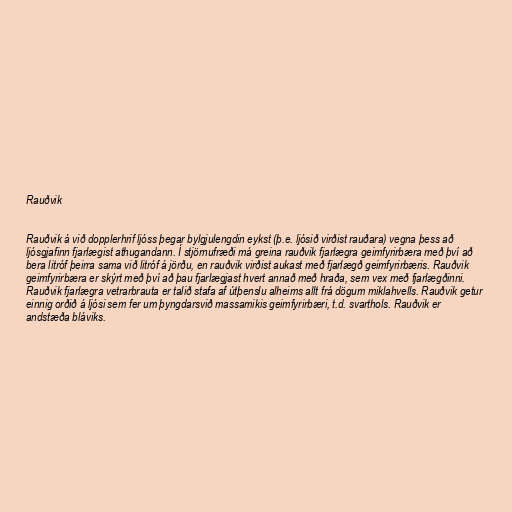
Rauðvik

Rauðvik á við dopplerhrif ljóss þegar bylgjulengdin eykst (þ.e. ljósið virðist rauðara) vegna þess að
ljósgjafinn fjarlægist athugandann. Í stjörnufræði má greina rauðvik fjarlægra geimfyrirbæra með því að
bera litróf þeirra sama við litróf á jörðu, en rauðvik virðist aukast með fjarlægð geimfyrirbæris. Rauðvik
geimfyrirbæra er skýrt með því að þau fjarlægjast hvert annað með hraða, sem vex með fjarlægðinni.
Rauðvik fjarlægra vetrarbrauta er talið stafa af útþenslu alheims allt frá dögum miklahvells. Rauðvik getur
einnig orðið á ljósi sem fer um þyngdarsvið massamikis geimfyrirbæri, t.d. svarthols. Rauðvik er
andstæða bláviks.